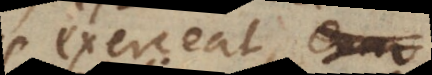
exerceatur de